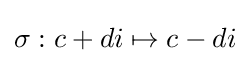
\sigma :c+di\mapsto c-di